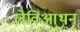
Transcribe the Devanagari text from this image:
लेविआथन